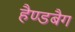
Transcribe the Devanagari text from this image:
हैण्डबैग